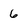
Character: 6